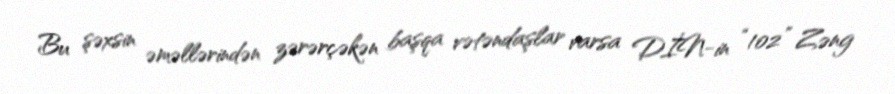
Bu şəxsin əməllərindən zərərçəkən başqa vətəndaşlar varsa DİN-in “102” Zəng